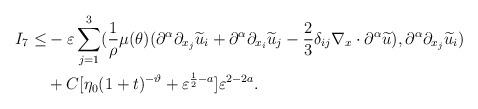
LaTeX: \begin{align*}I_{7}\leq&-\varepsilon\sum^{3}_{j=1}(\frac{1}{\rho}\mu(\theta)(\partial^{\alpha}\partial_{x_{j}}\widetilde{u}_{i}+\partial^{\alpha}\partial_{x_{i}}\widetilde{u}_{j}-\frac{2}{3}\delta_{ij}\nabla_{x}\cdot \partial^{\alpha}\widetilde{u}),\partial^{\alpha}\partial_{x_{j}}\widetilde{u}_{i})\\&+C[\eta_0(1+t)^{-\vartheta}+\varepsilon^{\frac{1}{2}-a}]\varepsilon^{2-2a}.\end{align*}